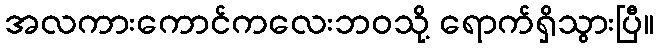
အလကားကောင်ကလေးဘဝသို့ ရောက်ရှိသွားပြီ။